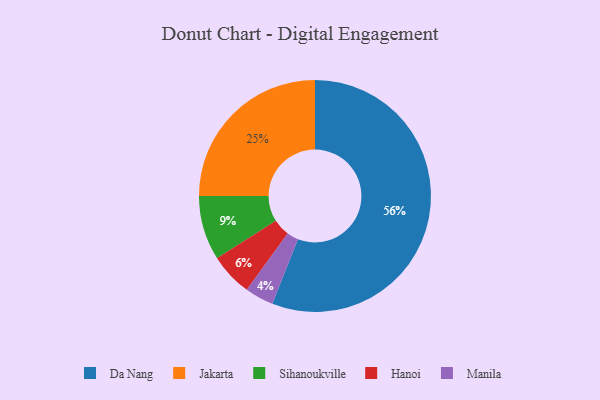
{"axis": {"x": "Category", "y": "Percentage"}, "legend": ["Da Nang", "Hanoi", "Jakarta", "Manila", "Sihanoukville"], "data": [{"x": "Hanoi", "y": 6, "type": "Hanoi"}, {"x": "Jakarta", "y": 25, "type": "Jakarta"}, {"x": "Sihanoukville", "y": 9, "type": "Sihanoukville"}, {"x": "Manila", "y": 4, "type": "Manila"}, {"x": "Da Nang", "y": 56, "type": "Da Nang"}]}